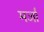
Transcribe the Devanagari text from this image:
मर्जा